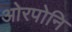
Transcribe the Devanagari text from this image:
ओरपोनि